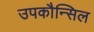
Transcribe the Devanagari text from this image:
उपकौन्सिल